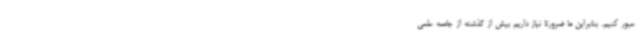
عبور کنیم. بنابراین ما ضرورتا نیاز داریم بیش از گذشته از جامعه علمی